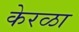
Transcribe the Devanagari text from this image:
केरळा